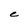
Character: C